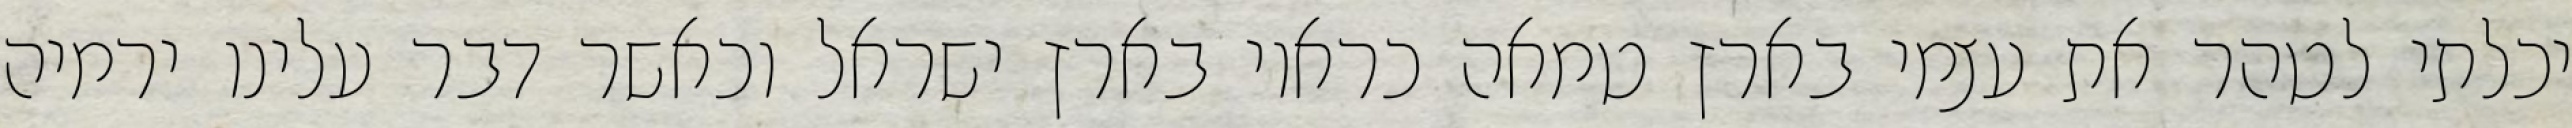
יכלתי לטהר את עצמי בארץ טמאה כראוי בארץ ישראל וכאשר דבר עלינו ירמיה